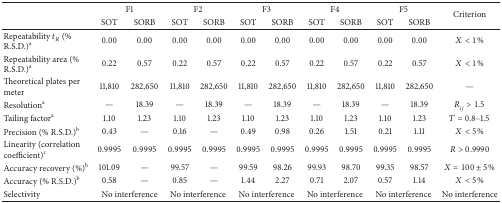
<table><thead><tr><td><b> </b></td><td colspan="2"><b>F1</b></td><td colspan="2"><b>F2</b></td><td colspan="2"><b>F3</b></td><td colspan="2"><b>F4</b></td><td colspan="2"><b>F5</b></td><td rowspan="2"><b>Criterion</b></td></tr><tr><td><b> </b></td><td><b>SOT</b></td><td><b>SORB</b></td><td><b>SOT</b></td><td><b>SORB</b></td><td><b>SOT</b></td><td><b>SORB</b></td><td><b>SOT</b></td><td><b>SORB</b></td><td><b>SOT</b></td><td><b>SORB</b></td></tr></thead><tbody><tr><td>Repeatability <i>t</i><sub><i>R</i></sub> (% R.S.D.)<sup>a</sup></td><td>0.00</td><td>0.00</td><td>0.00</td><td>0.00</td><td>0.00</td><td>0.00</td><td>0.00</td><td>0.00</td><td>0.00</td><td>0.00</td><td><i>X</i> &lt; 1%</td></tr><tr><td>Repeatability area (% R.S.D.)<sup>a</sup></td><td>0.22</td><td>0.57</td><td>0.22</td><td>0.57</td><td>0.22</td><td>0.57</td><td>0.22</td><td>0.57</td><td>0.22</td><td>0.57</td><td><i>X</i> &lt; 1%</td></tr><tr><td>Theoretical plates per meter</td><td>11,810</td><td>282,650</td><td>11,810</td><td>282,650</td><td>11,810</td><td>282,650</td><td>11,810</td><td>282,650</td><td>11,810</td><td>282,650</td><td>—</td></tr><tr><td>Resolution<sup>a</sup></td><td>—</td><td>18.39</td><td>—</td><td>18.39</td><td>—</td><td>18.39</td><td>—</td><td>18.39</td><td>—</td><td>18.39</td><td><i>R</i><sub><i>ij</i></sub> &gt; 1.5</td></tr><tr><td>Tailing factor<sup>a</sup></td><td>1.10</td><td>1.23</td><td>1.10</td><td>1.23</td><td>1.10</td><td>1.23</td><td>1.10</td><td>1.23</td><td>1.10</td><td>1.23</td><td><i>T</i> = 0.8–1.5</td></tr><tr><td>Precision (% R.S.D.)<sup>b</sup></td><td>0.43</td><td>—</td><td>0.16</td><td>—</td><td>0.49</td><td>0.98</td><td>0.26</td><td>1.51</td><td>0.21</td><td>1.11</td><td><i>X</i> &lt; 5%</td></tr><tr><td>Linearity (correlation coefficient)<sup>c</sup></td><td>0.9995</td><td>0.9995</td><td>0.9995</td><td>0.9995</td><td>0.9995</td><td>0.9995</td><td>0.9995</td><td>0.9995</td><td>0.9995</td><td>0.9995</td><td><i>R</i> &gt; 0.9990</td></tr><tr><td>Accuracy recovery (%)<sup>b</sup></td><td>101.09</td><td>—</td><td>99.57</td><td>—</td><td>99.59</td><td>98.26</td><td>99.93</td><td>98.70</td><td>99.35</td><td>98.57</td><td><i>X</i> = 100 ± 5%</td></tr><tr><td>Accuracy (% R.S.D.)<sup>b</sup></td><td>0.58</td><td>—</td><td>0.85</td><td>—</td><td>1.44</td><td>2.27</td><td>0.71</td><td>2.07</td><td>0.57</td><td>1.14</td><td><i>X</i> &lt; 5%</td></tr><tr><td>Selectivity</td><td colspan="2">No interference</td><td colspan="2">No interference</td><td colspan="2">No interference</td><td colspan="2">No interference</td><td colspan="2">No interference</td><td>No interference</td></tr></tbody></table>